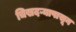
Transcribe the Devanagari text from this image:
चिखदऱ्यापासून